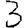
Digit: 3